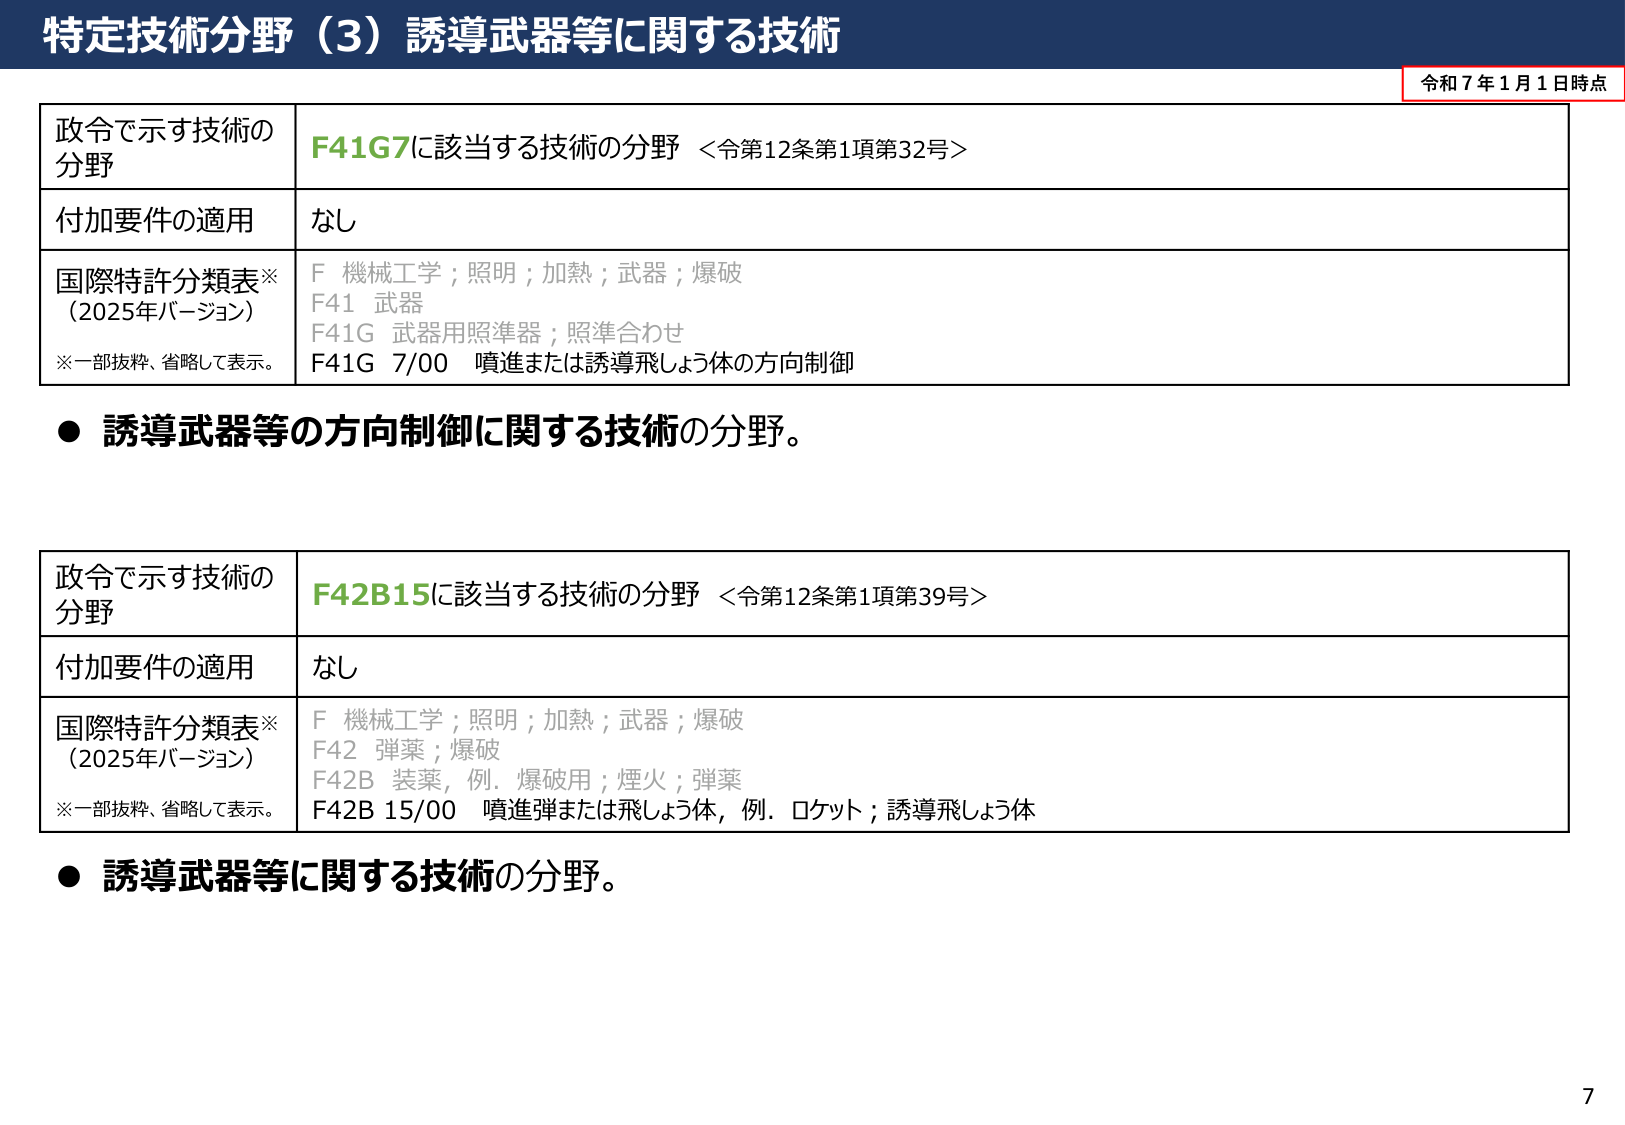
特定技術分野（3）誘導武器等に関する技術

令和７年１月１日時点

政令で示す技術の分野　F41G7に該当する技術の分野 ＜令第12条第1項第32号＞
付加要件の適用　なし
国際特許分類表※（2025年バージョン）　F 機械工学；照明；加熱；武器；爆破
F41 武器
F41G 武器用照準器；照準合わせ
F41G 7/00 噴進または誘導飛しょう体の方向制御
※一部抜粋、省略して表示。

● 誘導武器等の方向制御に関する技術の分野。

政令で示す技術の分野　F42B15に該当する技術の分野 ＜令第12条第1項第39号＞
付加要件の適用　なし
国際特許分類表※（2025年バージョン）　F 機械工学；照明；加熱；武器；爆破
F42 弾薬；爆破
F42B 装薬，例．爆破用；煙火；弾薬
F42B 15/00 噴進弾または飛しょう体，例．ロケット；誘導飛しょう体
※一部抜粋、省略して表示。

● 誘導武器等に関する技術の分野。

7